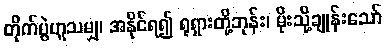
တိုက်ပွဲဟူသမျှ၊ အနိုင်ရ၍ ရုရှားတို့ဘုန်း၊ မိုးသို့ချုန်းသော်